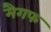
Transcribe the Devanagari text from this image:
मैगफ